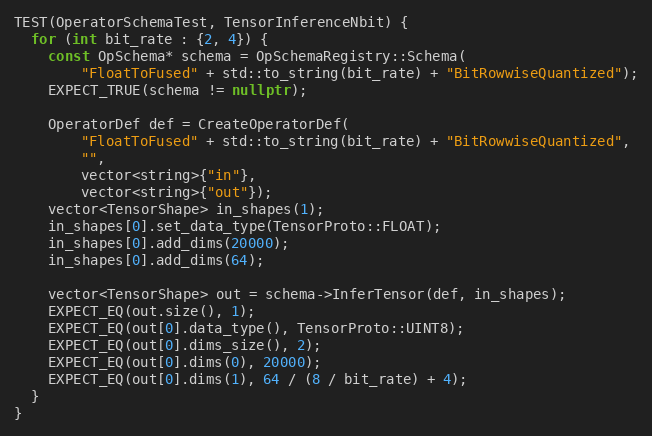
Language: C++
TEST(OperatorSchemaTest, TensorInferenceNbit) {
  for (int bit_rate : {2, 4}) {
    const OpSchema* schema = OpSchemaRegistry::Schema(
        "FloatToFused" + std::to_string(bit_rate) + "BitRowwiseQuantized");
    EXPECT_TRUE(schema != nullptr);

    OperatorDef def = CreateOperatorDef(
        "FloatToFused" + std::to_string(bit_rate) + "BitRowwiseQuantized",
        "",
        vector<string>{"in"},
        vector<string>{"out"});
    vector<TensorShape> in_shapes(1);
    in_shapes[0].set_data_type(TensorProto::FLOAT);
    in_shapes[0].add_dims(20000);
    in_shapes[0].add_dims(64);

    vector<TensorShape> out = schema->InferTensor(def, in_shapes);
    EXPECT_EQ(out.size(), 1);
    EXPECT_EQ(out[0].data_type(), TensorProto::UINT8);
    EXPECT_EQ(out[0].dims_size(), 2);
    EXPECT_EQ(out[0].dims(0), 20000);
    EXPECT_EQ(out[0].dims(1), 64 / (8 / bit_rate) + 4);
  }
}